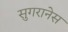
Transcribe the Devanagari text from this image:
सुगरानेस